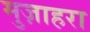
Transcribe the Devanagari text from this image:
मुज़ाहरा